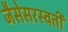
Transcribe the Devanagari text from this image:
जैसेसरस्वती